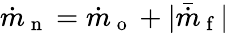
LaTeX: \dot{m}_{\mathrm{~n~}}=\dot{m}_{\mathrm{~o~}}+|\bar{\dot{m}}_{\mathrm{~f~}}|